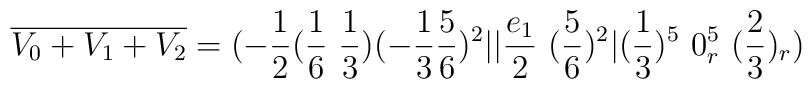
{\overline {V_0+V_1+V_2}}=( -{1\over 2} ({1\over 6}~{1\over 3})  (-{1\over 3} {5 \over 6})^2 \vert\vert {e_1\over 2}  ~({5\over 6})^2 \vert ({1\over 3})^5 ~0_r^5 ~({2\over 3})_r ) \\